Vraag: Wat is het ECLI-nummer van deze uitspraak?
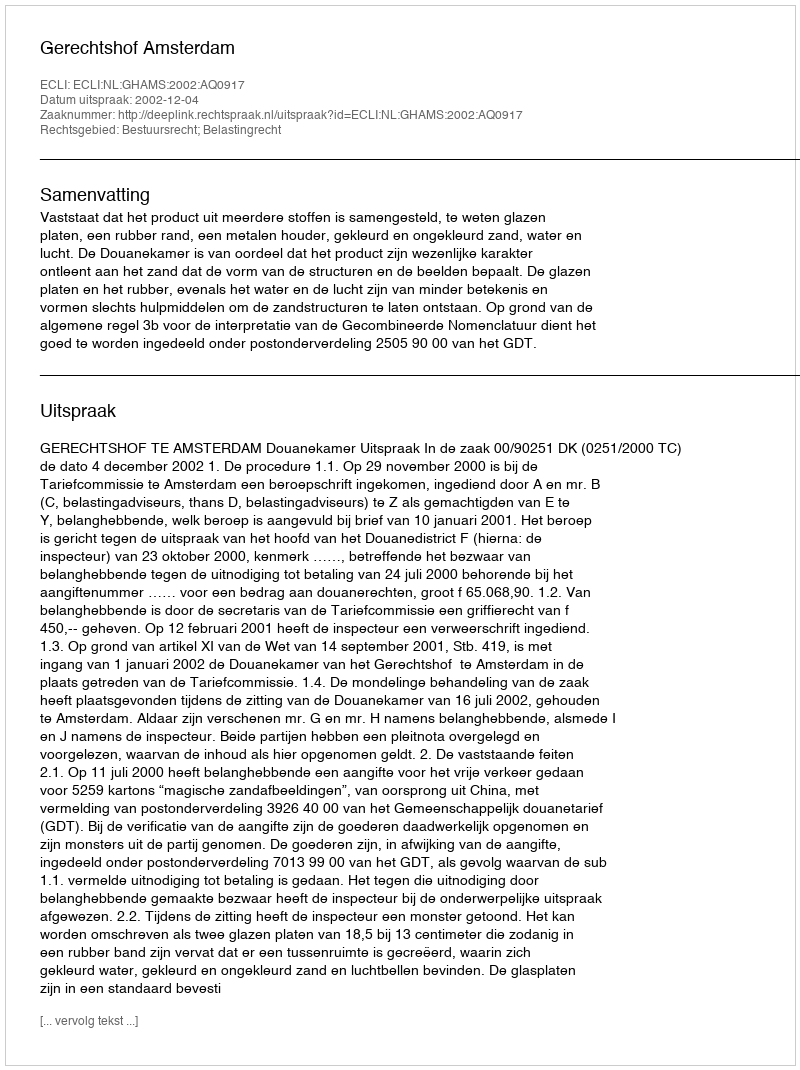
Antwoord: ECLI:NL:GHAMS:2002:AQ0917